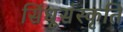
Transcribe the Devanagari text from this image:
सिंधूसंस्कृति